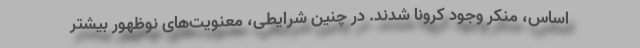
اساس، ‌منکر وجود کرونا شدند. در چنین شرایطی، معنویت‌های نوظهور بیشتر